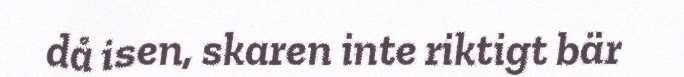
då isen, skaren inte riktigt bär